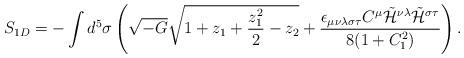
LaTeX: \begin{align*}S_{1D} = - \int d^5 \sigma \left(\sqrt{-G}\sqrt{1+z_1+\frac{z_1^2}{2}-z_2}+\frac{\epsilon_{\mu\nu\lambda\sigma\tau}C^{\mu}\tilde{{\cal H}}^{\nu\lambda}\tilde{{\cal H}}^{\sigma\tau}}{8(1+C_1^2)}\right).\end{align*}